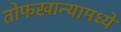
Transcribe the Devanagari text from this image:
तोफखान्यामध्ये